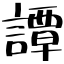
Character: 譚